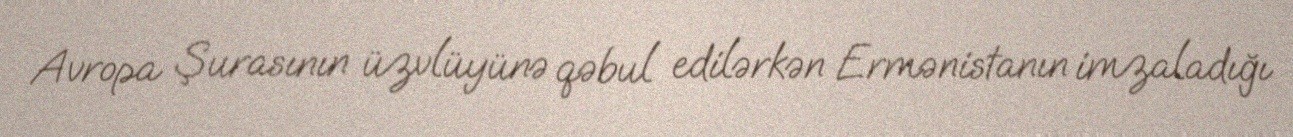
Avropa Şurasının üzvlüyünə qəbul edilərkən Ermənistanın imzaladığı